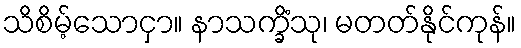
သိစိမ့်သောငှာ။ နာသက္ခိံသု၊ မတတ်နိုင်ကုန်။